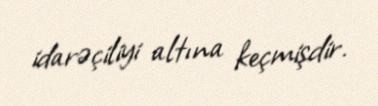
idarəçiliyi altına keçmişdir.